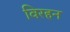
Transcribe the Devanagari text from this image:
विरहन